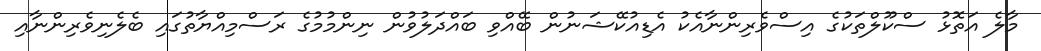
މާލެ އަތޮޅު ސްކޫލްތަކުގެ އިސްވެރިންނާއެކު އެޑިއުކޭޝަނުން ބޭއްވި ބައްދަލުވުން ނިންމުމުގެ ރަސްމިއްޔާތުގައި ބެލެނިވެރިންނާއި